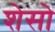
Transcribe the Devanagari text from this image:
शेसो